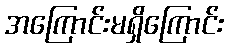
အကြောင်းမရှိကြောင်း